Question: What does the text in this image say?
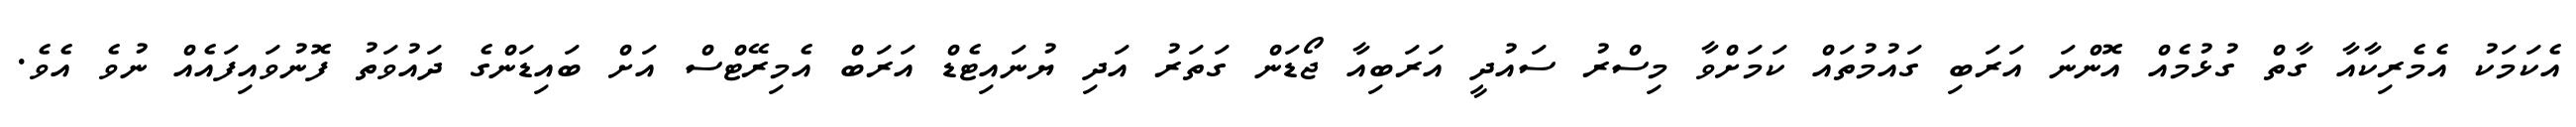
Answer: އެކަމަކު އެމެރިކާއާ ގާތް ގުޅުމެއް އޮންނަ އަރަބި ގައުމުތައް ކަމަށްވާ މިސްރު ސައުދީ އަރަބިއާ ޖޯޑަން ގަތަރު އަދި ޔުނައިޓެޑް އަރަބް އެމިރޭޓްސް އަށް ބައިޑަންގެ ދައުވަތު ފޮނުވައިފައެއް ނުވެ އެވެ.